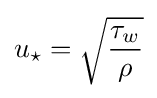
u_{\star }={\sqrt {\frac {\tau _{w}}{\rho }}}